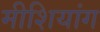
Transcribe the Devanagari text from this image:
मीशियांग